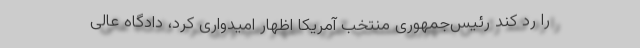
را رد کند رئیس‌جمهوری منتخب آمریکا اظهار امیدواری کرد، دادگاه عالی